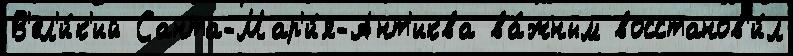
В'ел'и́к'ий Санта-Мар'и́я-Ант'иква ва́жным восстанов'и́л